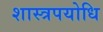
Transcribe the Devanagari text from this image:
शास्त्रपयोधि